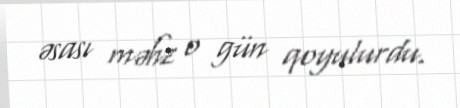
əsası məhz o gün qoyulurdu.